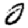
Digit: 0